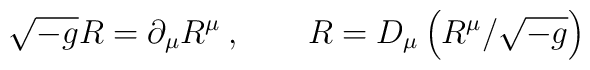
\sqrt{-g} R = \partial_\mu R^\mu \>, \qquad           R = D_\mu \left( R^\mu / \sqrt{-g} \right)